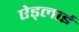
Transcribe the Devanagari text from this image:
ऐड्लाई